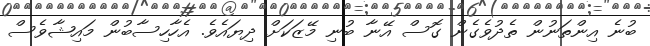
ބުނެ އިންތަނުން ތެދުވެގެން ގޮސް އޭނާ ބުނި މޭޒަކަށް ދިޔައެވެ. އެހާހިސާބުން މައިޝާވެސް